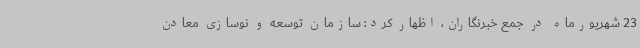
23 شهریورماه در جمع خبرنگاران، اظهار کرد: سازمان توسعه و نوسازی معادن